Report on the cultivation of protesoma, Labbé, in grey mosquitoes
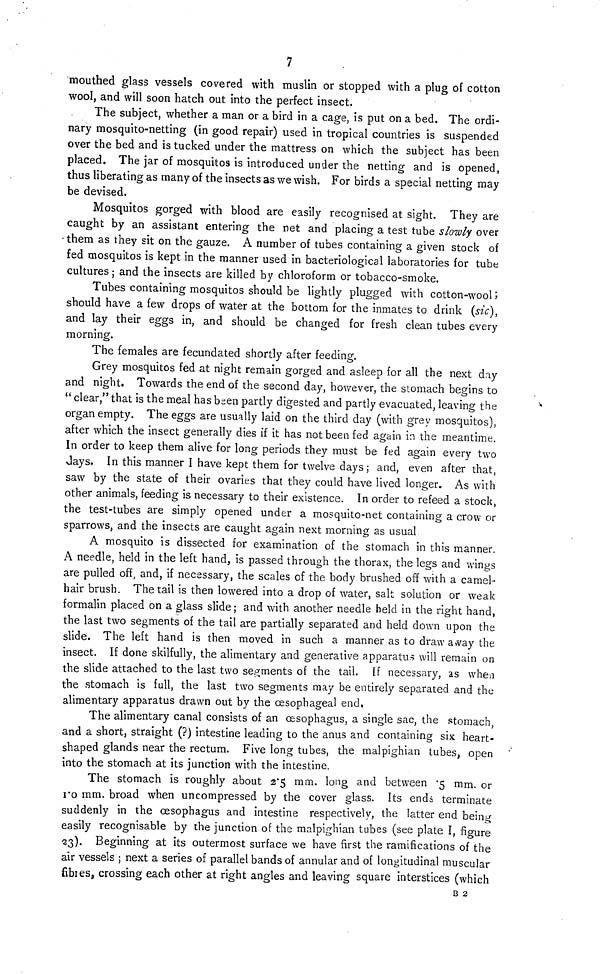
7
mouthed glass vessels covered with muslin or stopped with a plug of cotton
wool, and will soon hatch out into the perfect insect.
The subject, whether a man or a bird in a cage, is put on a bed. The ordi-
nary mosquito-netting (in good repair) used in tropical countries is suspended
over the bed and is tucked under the mattress on which the subject has been
placed. The jar of mosquitos is introduced under the netting and is opened,
thus liberating as many of the insects as we wish. For birds a special netting may
be devised.
Mosquitos gorged with blood are easily recognised at sight. They are
caught by an assistant entering the net and placing a test tube slowly over
them as they sit on the gauze. A number of tubes containing a given stock of
fed mosquitos is kept in the manner used in bacteriological laboratories for tube
cultures ; and the insects are killed by chloroform or tobacco-smoke.
Tubes containing mosquitos should be lightly plugged with cotton-wool ;
should have a few drops of water at the bottom for the inmates to drink (sic),
and lay their eggs in, and should be changed for fresh clean tubes every
morning.
The females are fecundated shortly after feeding.
Grey mosquitos fed at night remain gorged and asleep for all the next day
and night. Towards the end of the second day, however, the stomach begins to
" clear," that is the meal has bsen partly digested and partly evacuated, leaving the
organ empty. The eggs are usually laid on the third day (with grey mosquitos),
after which the insect generally dies if it has not been fed again in the meantime.
In order to keep them alive for long periods they must be fed again every two
Jays. In this manner I have kept them for twelve days ; and, even after that,
saw by the state of their ovaries that they could have lived longer. As with
other animals, feeding is necessary to their existence. In order to refeed a stock,
the test-tubes are simply opened under a mosquito-net containing a crow or
sparrows, and the insects are caught again next morning as usual
A mosquito is dissected for examination of the stomach in this manner.
A needle, held in the left hand, is passed through the thorax, the legs and wings
are pulled off, and, if necessary, the scales of the body brushed off with a camel-
hair brush. The tail is then lowered into a drop of water, salt solution or weak
formalin placed on a glass slide ; and with another needle held in the right hand,
the last two segments of the tail are partially separated and held down upon the
slide. The left hand is then moved in such a manner as to draw away the
insect. If done skilfully, the alimentary and generative apparatus will remain on
the slide attached to the last two segments of the tail. If necessary, as when
the stomach is full, the last two segments may be entirely separated and the
alimentary apparatus drawn out by the cesophageal end,
The alimentary canal consists of an oesophagus, a single sac, the stomach,
and a short, straight (?) intestine leading to the anus and containing six heart-
shaped glands near the rectum. Five long tubes, the malpighian tubes, open
into the stomach at its junction with the intestine.
The stomach is roughly about 2.5 mm. long and between .5 mm. or
1.o mm. broad when uncompressed by the cover glass. Its ends terminate
suddenly in the oesophagus and intestine respectively, the latter end being
easily recognisable by the junction of the malpighian tubes (see plate I, figure
23). Beginning at its outermost surface we have first the ramifications of the
air vessels ; next a series of parallel bands of annular and of longitudinal muscular
fibies, crossing each other at right angles and leaving square interstices (which
B 2